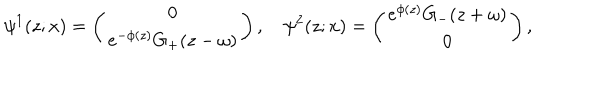
\psi ^ { 1 } ( z ; x ) = \left( \begin{array} { c r } { { 0 } } \\ { { e ^ { - \phi ( z ) } G _ { + } ( z - \omega ) } } \\ \end{array} \right) , ~ \psi ^ { 2 } ( z ; x ) = \left( \begin{array} { c r } { { e ^ { \phi ( z ) } G _ { - } ( z + \omega ) } } \\ { { 0 } } \\ \end{array} \right) ,